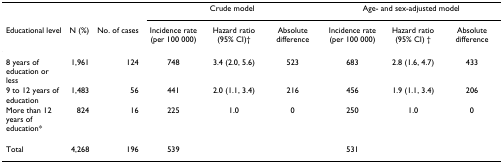
|  |  |  | <COLSPAN=3> Crude model | <COLSPAN=3> Age- and sex-adjusted model |
 | Educational level | N (%) | No. of cases | Incidence rate (per 100 000) | Hazard ratio (95% CI)† | Absolute difference | Incidence rate (per 100 000) | Hazard ratio (95% CI) † | Absolute difference |
 | --- | --- | --- | --- | --- | --- | --- | --- | --- |
 | 8 years of education or less | 1,961 | 124 | 748 | 3.4 (2.0, 5.6) | 523 | 683 | 2.8 (1.6, 4.7) | 433 |
 | 9 to 12 years of education | 1,483 | 56 | 441 | 2.0 (1.1, 3.4) | 216 | 456 | 1.9 (1.1, 3.4) | 206 |
 | More than 12 years of education* | 824 | 16 | 225 | 1.0 | 0 | 250 | 1.0 | 0 |
 | Total | 4,268 | 196 | 539 |  |  | 531 |  |  |